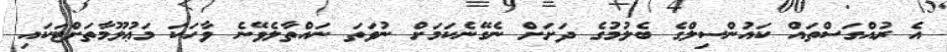
އެ ރުއްގަސްތައް ކައުންސިލްގެ ބެލުމުގެ ދަށަށް ނެގޭނެކަމަށް ނުވަތަ ނައްތާލެވޭނެ ވާހަކަ މަޢުލޫމާތަށްޓަކައި